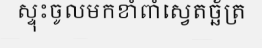
ស្ទុះចូលមកខាំពាំស្វេតច្ឆ័ត្រ